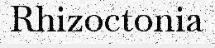
Rhizoctonia